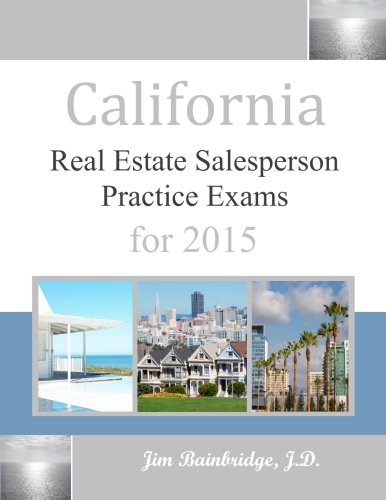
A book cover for California Real Estate Salesperson Practice Exams for 2015; Jim Bainbridge J.D.; Business & Money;